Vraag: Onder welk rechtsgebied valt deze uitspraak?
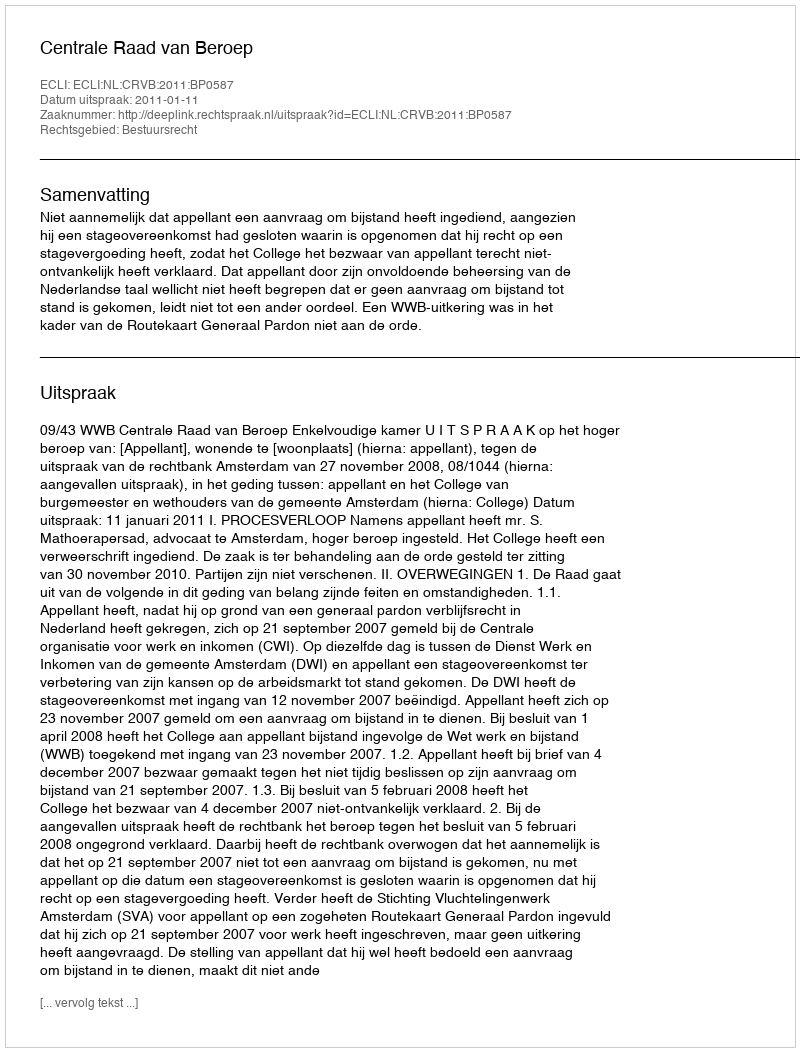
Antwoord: Bestuursrecht